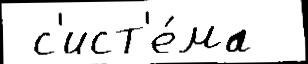
 с'ист'е́ма